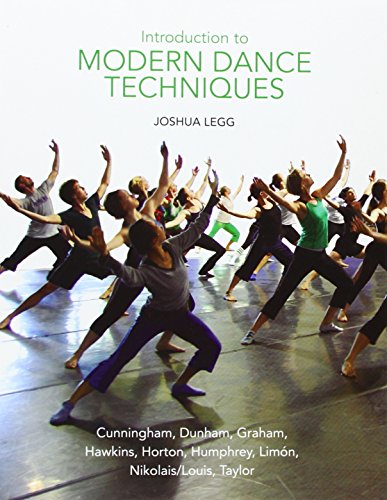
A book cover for Introduction to Modern Dance Techniques; Joshua Legg; Humor & Entertainment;